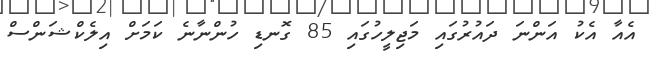
އެއާ އެކު އަންނަ ދައުރުގައި މަޖިލީހުގައި 85 ގޮނޑި ހުންނާނެ ކަމަށް އިލެކްޝަންސް